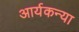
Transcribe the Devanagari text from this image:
आर्यकन्या